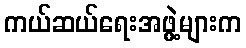
ကယ်ဆယ်ရေးအဖွဲ့များက